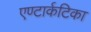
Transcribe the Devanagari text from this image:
एण्टार्कटिका